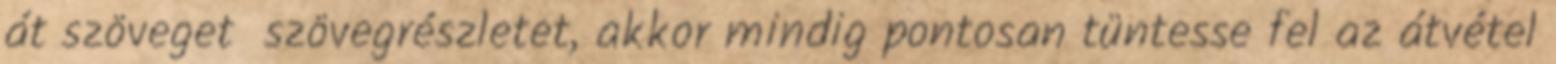
át szöveget szövegrészletet, akkor mindig pontosan tüntesse fel az átvétel